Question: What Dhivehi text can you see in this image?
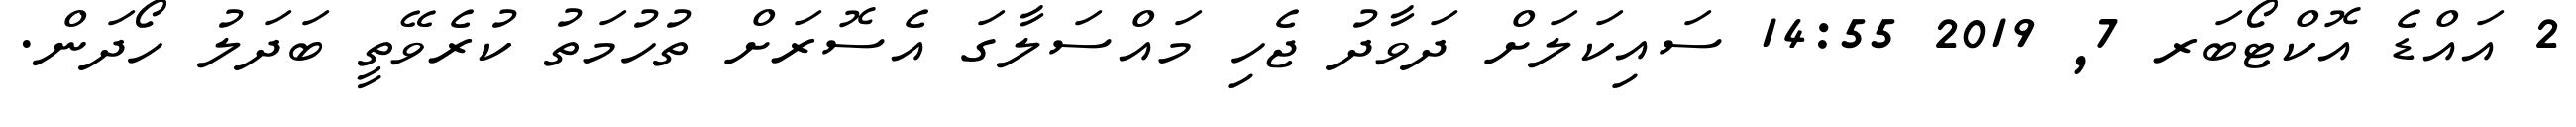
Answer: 2 އައްޑެ އޮކްޓޯބަރ 7, 2019 14:55 ސައިކަލަށް ދަވާދު ޖެހި މައްސަލާގަ އެސޮރަށް ތުހުމަތު ކުރެވޭތީ ބަދަލު ހޯދަން.